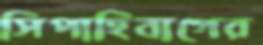
সিপাহিবাগের